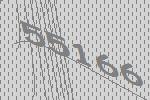
55166